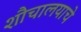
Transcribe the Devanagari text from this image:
शौचालयाचे